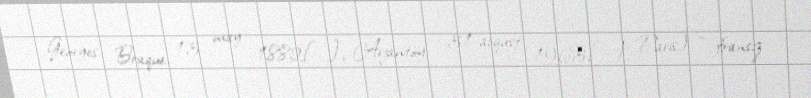
Georges Braque, 13 may 1882[…], Arjantöy – 31 avqust 1963[…], Paris) — fransız